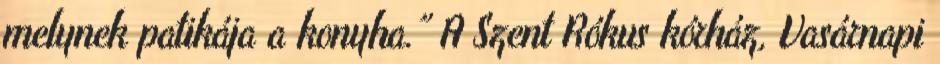
melynek patikája a konyha.” A Szent Rókus kórház, Vasárnapi